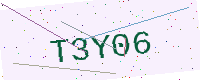
Text: T3Y06